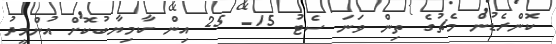
ކޮންރެޑުން މެޗުގެ ތިން ވަނަ ސެޓު 15- 25 އިން ކާމިޔާބުކޮށް އުންމީދު